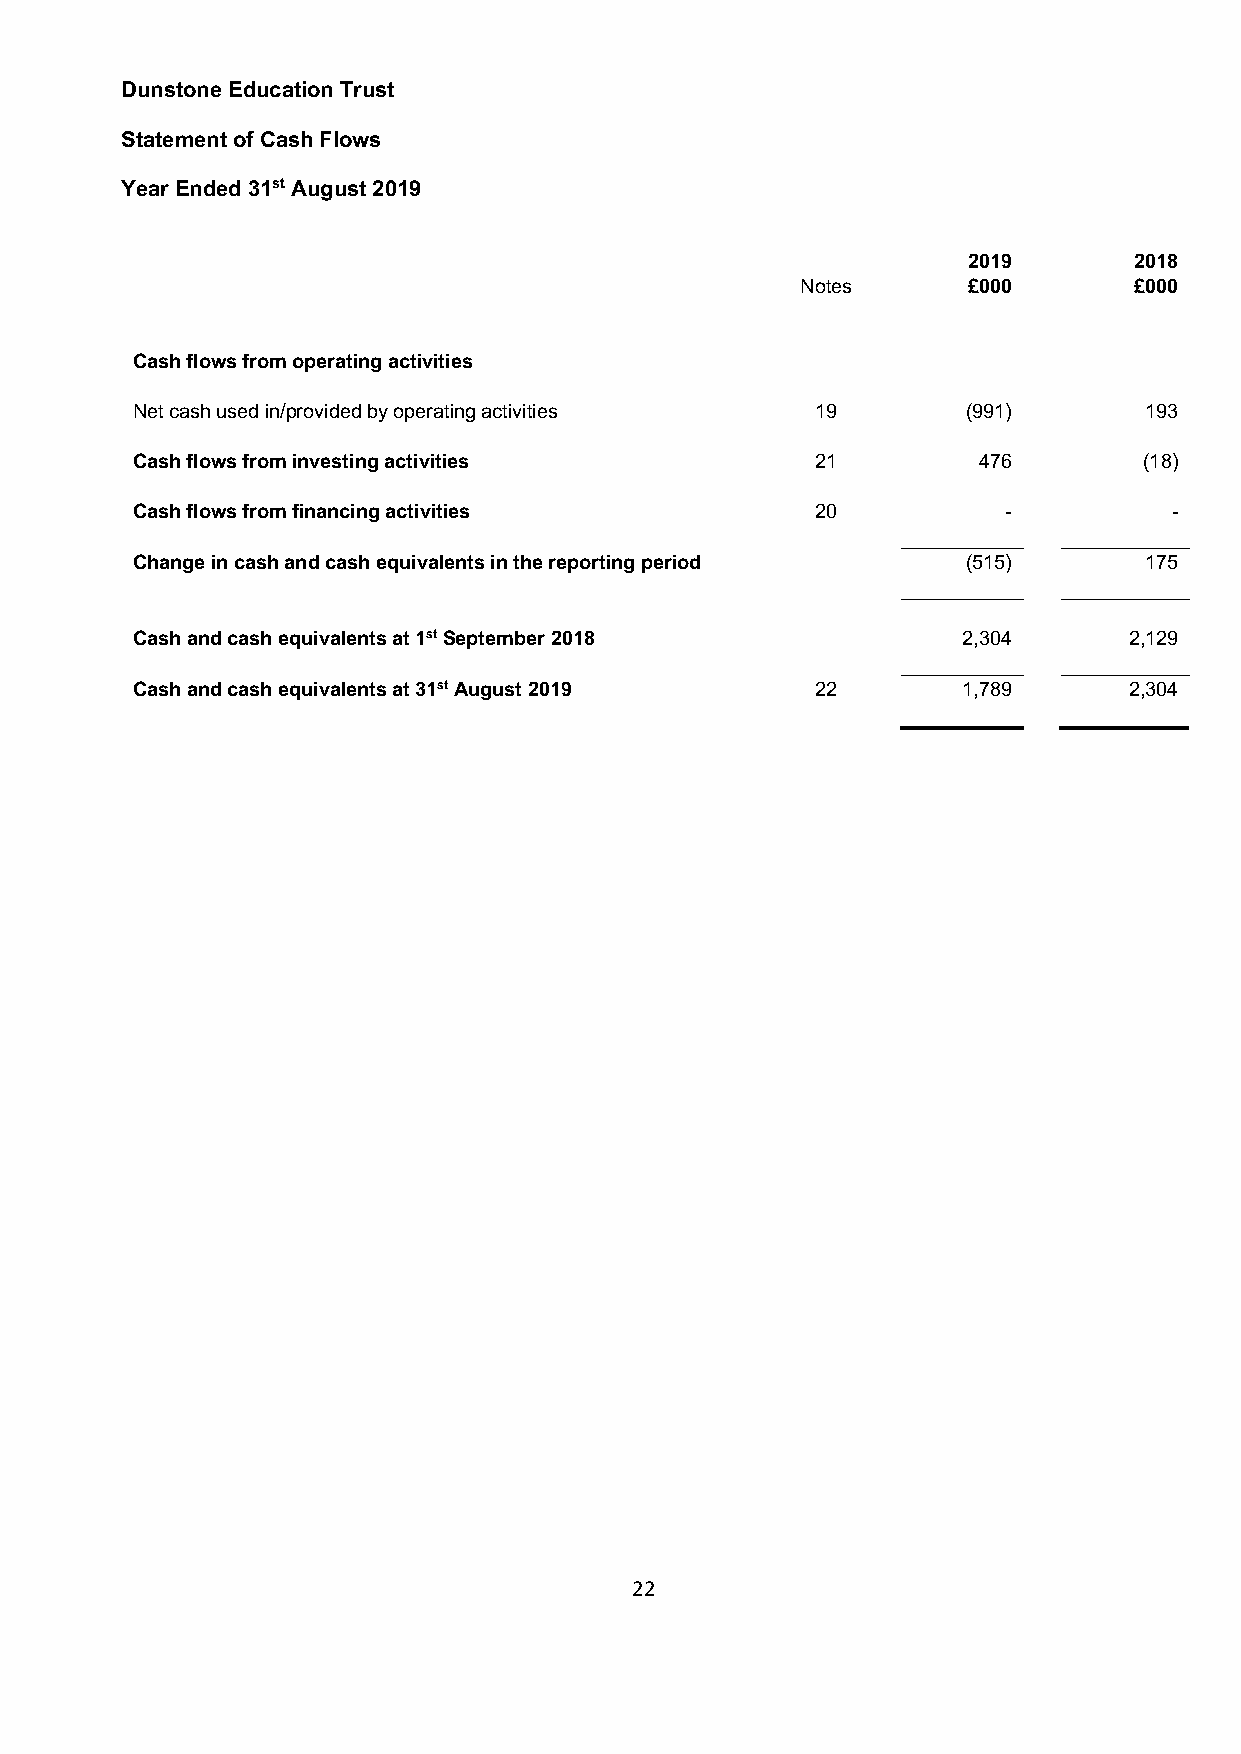
Dunstone Education Trust
 Statement of Cash Flows
 Year Ended 31st August 2019
 2019       2018
 Notes      £000       £000
 Cash flows from operating activities
 Net cash used in/provided by operating activities 19   (991)       193
 Cash flows from investing activities         21         476        (18)
 Cash flows from financing activities         20           -          -
 Change in cash and cash equivalents in the reporting period (515)  175
 Cash and cash equivalents at 1st September 2018        2,304      2,129
 Cash and cash equivalents at 31st August 2019 22       1,789      2,304
 22